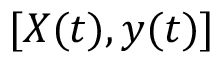
[ X ( t ) , y ( t ) ]